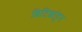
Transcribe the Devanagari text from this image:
ब्रिटिशांहून